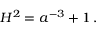
H ^ { 2 } = a ^ { - 3 } + 1 \, .